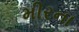
મીરના